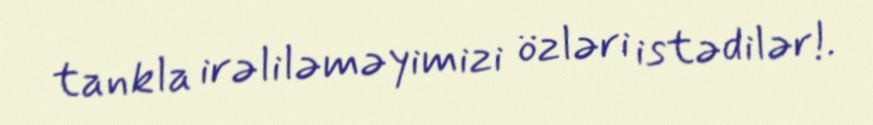
tankla irəliləməyimizi özləri istədilər!.